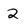
Character: 2